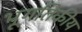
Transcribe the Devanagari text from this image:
भूगतिकीय